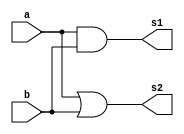
// Exemplo0033 - LU and/or/nand/or
// Nome: tila Martins Silva Jnior
// -------------------------
// -------------------------
module and_or (output s1, output s2, input a, input b);
	and(s1,a,b);
	or(s2,a,b);
endmodule

module LU_and_or(output s, input a, input b, input chave);
	wire p,q,s1,s2,c1,c2;
	and_or ao(p,q,a,b);
	not (s1,chave);
	buf (s2,chave);
	and(c1,s1,p);
	and(c2,s2,q);
	or(s,c1,c2);
endmodule

module nand_nor (output s1, output s2, input a, input b);
	nand(s1,a,b);
	nor(s2,a,b);
endmodule

module LU_nand_nor(output s, input a, input b, input chave);
	wire p,q,s1,s2,c1,c2;
	nand_nor n(p,q,a,b);
	not (s1,chave);
	buf (s2,chave);
	and(c1,s1,p);
	and(c2,s2,q);
	or(s,c1,c2);
endmodule

module LU_and_or_nand_nor(output s, input a, input b, input chave, input chaveN, input chaveMain);
	wire n1,n2,p1,p2,s1,s2;
	LU_nand_nor LU_N(n1,a,b,chaveN);
	LU_and_or LU_AO(n2,a,b,chave);
	not(p1,chaveMain);
	buf(p2,chaveMain);
	and(s1,n1,p1);
	and(s2,n2,p2);
	or(s,s1,s2);
endmodule

module testLU_and_or_nand_nor;

reg inA, inB, chave, chaveN, chaveP;
wire out;

LU_and_or_nand_nor LUtest (out, inA, inB, chave, chaveN, chaveP);

initial begin
$display("Exemplo0033 - tila Martins Silva Jnior - 449014");

$display("Test LU's module\n");
$display("Chaveamentos\nand: 0, nand: 0, nand/nor: 0\n");
chaveP = 0; inA = 0; inB = 0; chaveN = 0; chave = 0;
$monitor("ChavePrincipal: %b  a: %b  b: %b  chaveNandNor: %b chaveAndOr: %b   saida: %b",chaveP,inA,inB,chaveN,chave,out);
#1 chaveP = 1; inA = 0; inB = 0; chaveN = 1; chave = 1;
#1 chaveP = 1; inA = 1; inB = 1; chaveN = 0; chave = 0;
#1 chaveP = 0; inA = 1; inB = 1; chaveN = 0; chave = 0;



end
endmodule